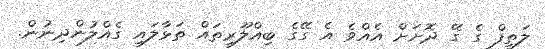
ލަތީފް ގެ ގޭ ދޮށަށް އެއްވެ އެ ގޭގެ ބިއްލޫރިތައް ތަޅާލައި ގެއްލުންދިނުން.